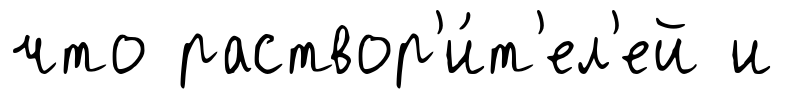
что раствор'и́т'ел'ей и